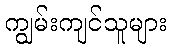
ကျွမ်းကျင်သူများ